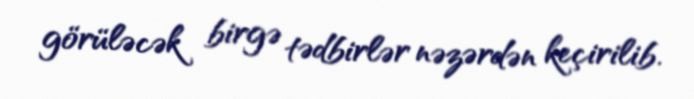
görüləcək birgə tədbirlər nəzərdən keçirilib.